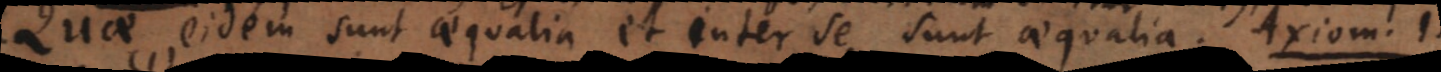
Quae eidem sunt aequalia et inter se sunt aequalia. (1